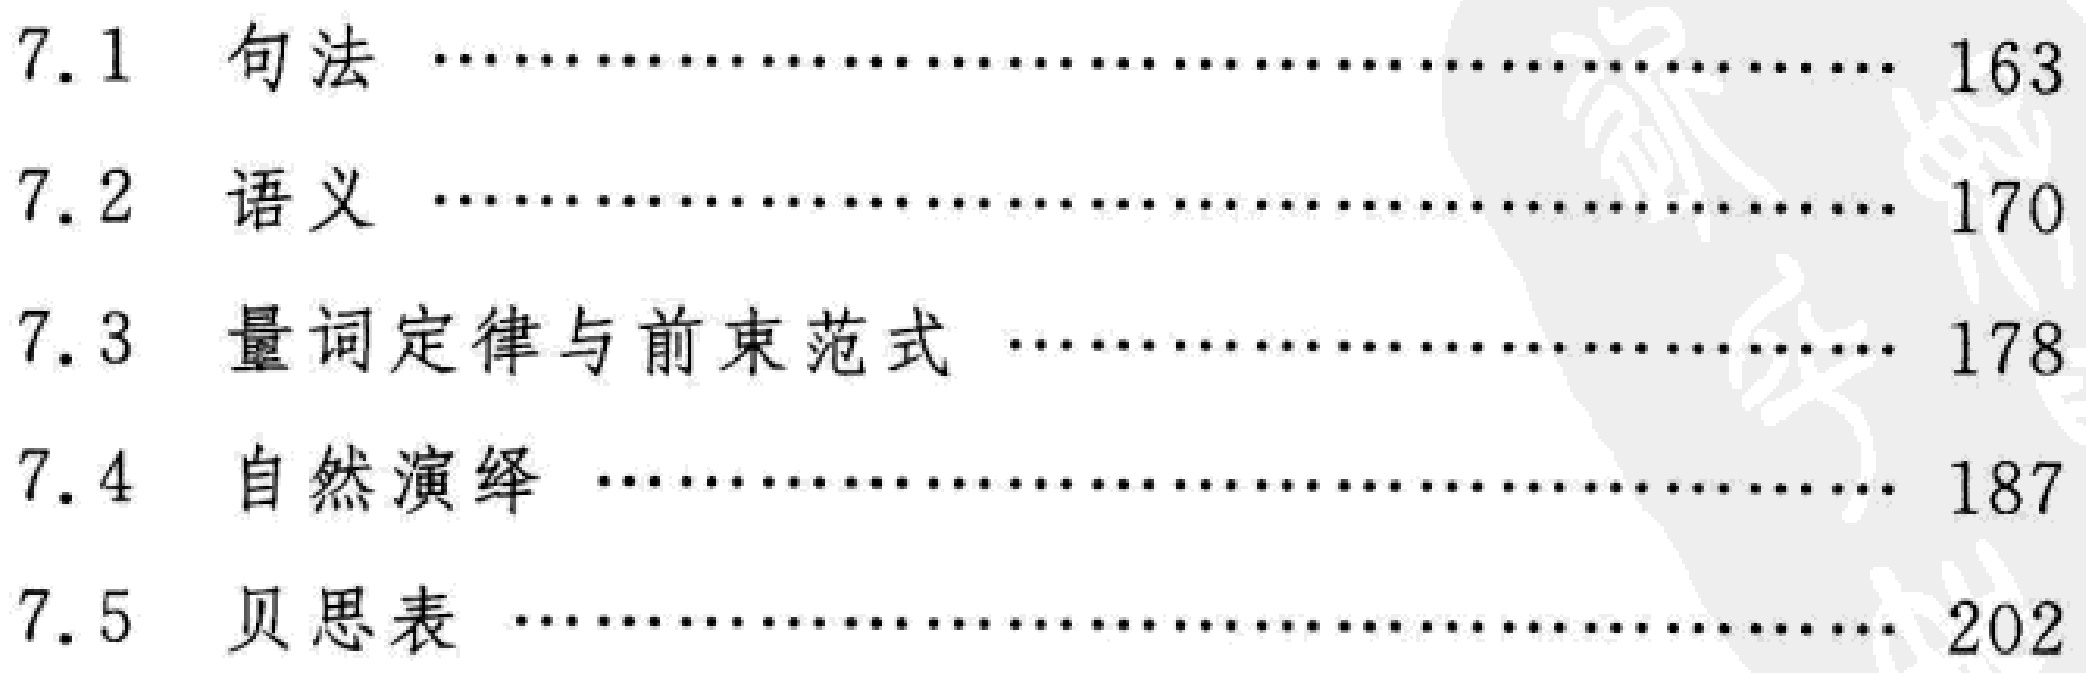
\begin{enumerate}

\item[7.1] 句法 \hfill 163

\item[7.2] 语义 \hfill 170

\item[7.3] 量词定律与前束范式 \hfill 178

\item[7.4] 自然演绎 \hfill 187

\item[7.5] 贝思表 \hfill 202

\end{enumerate}